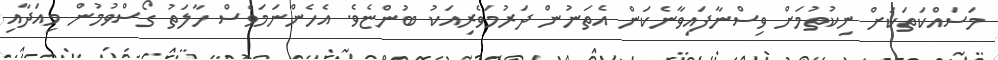
މަސައްކަތަކަށް ނިކުތުމަށް ވިސްނާފައިވާނެކަން އެތަނުން ދަރުމަަވެރިއަކު ބުންޏެވެ. އެހެންނަމަވެސް ހާލަތު ގޯސްވުމުން މިއަދާއި